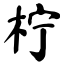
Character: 柠